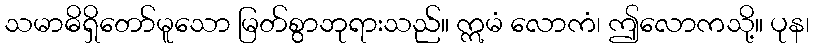
သမာဓိရှိတော်မူသော မြတ်စွာဘုရားသည်။ ဣမံ လောကံ၊ ဤလောကသို့။ ပုန၊